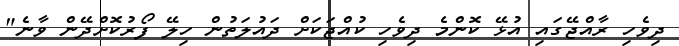
ދިވެހި ރާއްޖޭގައި އުޅޭ ކޮންމެ ދިވެހި ކުއްޖަކަށް ދައުލަތުން ހިލޭ ފޯރުކޮށްދޭން ވާނެ"